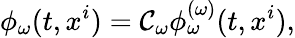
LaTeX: \phi_{\omega}(t,x^{i})=\mathcal{C}_{\omega}\phi_{\omega}^{(\omega)}(t,x^{i}),